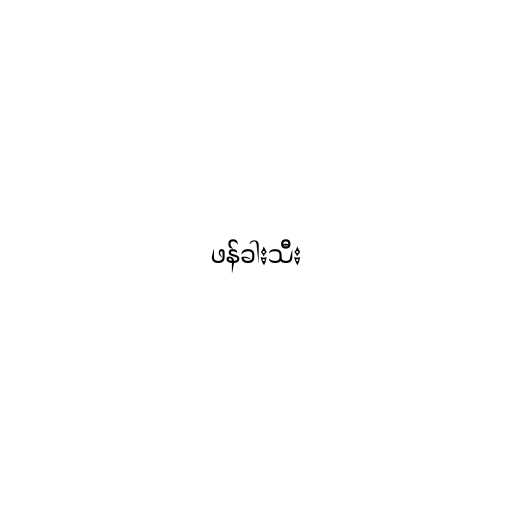
ဖန်ခါးသီး